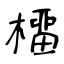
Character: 橊